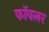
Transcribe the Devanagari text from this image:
फॉवलर